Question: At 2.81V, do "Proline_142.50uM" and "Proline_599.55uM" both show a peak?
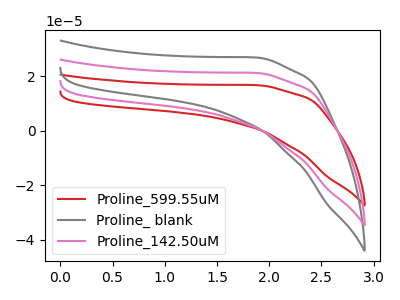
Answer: <think>The red curve "Proline_599.55uM" has no peaks. The gray curve "Proline_ blank" has no peaks. The pink curve "Proline_142.50uM" has no peaks.</think>
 <answer>No, "Proline_142.50uM" and "Proline_599.55uM" dont share a peak at 2.81V.</answer>
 <eval>mismatch</eval>